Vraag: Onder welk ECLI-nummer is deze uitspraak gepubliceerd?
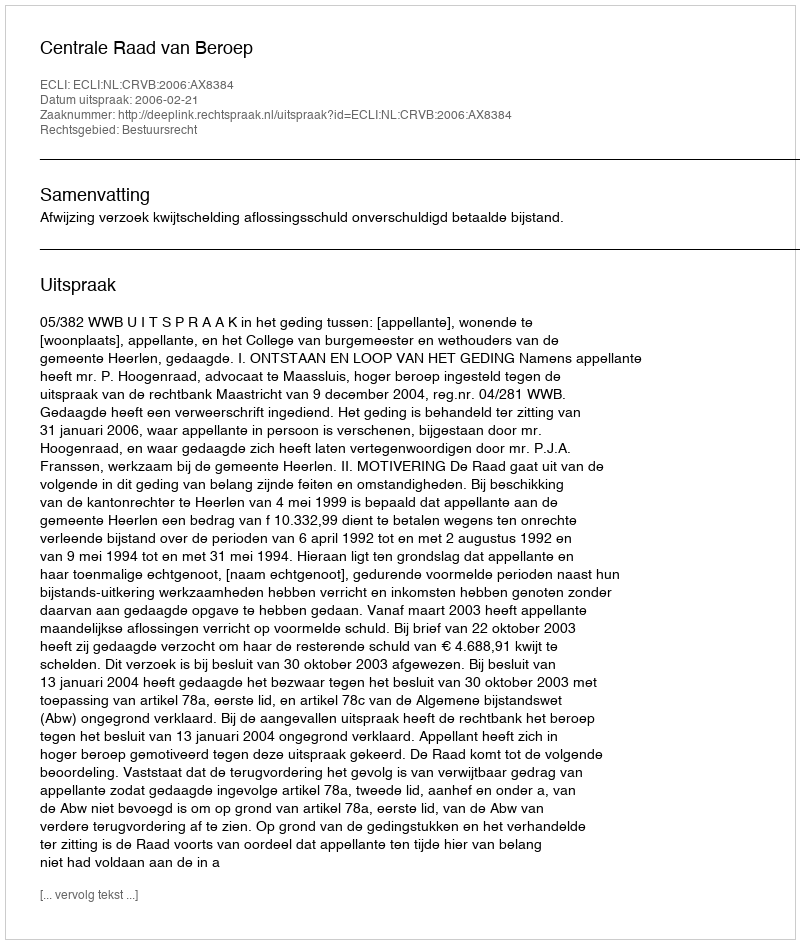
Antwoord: ECLI:NL:CRVB:2006:AX8384